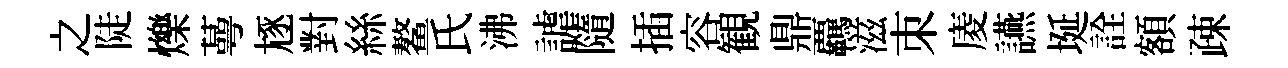
之陡爍蕚豗對絲鳌氏沸謔隨插容観鼎覊滋朿庱讌埏詮額疎